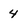
Character: 4